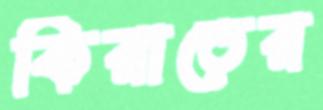
কিরাতের